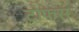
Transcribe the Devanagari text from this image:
टोफस